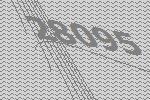
28095